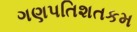
ગણપતિશતકમ